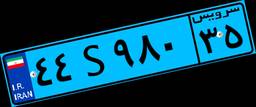
۵۹S۲۴۱۳۱